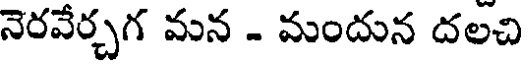
నెరవేర్చగ మన - మందున దలచి